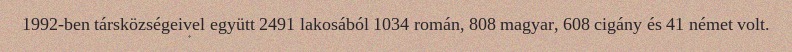
1992-ben társközségeivel együtt 2491 lakosából 1034 román, 808 magyar, 608 cigány és 41 német volt.